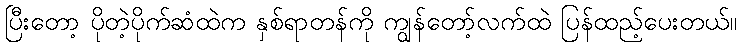
ပြီးတော့ ပိုတဲ့ပိုက်ဆံထဲက နှစ်ရာတန်ကို ကျွန်တော့်လက်ထဲ ပြန်ထည့်ပေးတယ်။